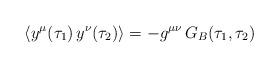
LaTeX: \begin{align*}\langle y^\mu(\tau_1) \, y^\nu(\tau_2)\rangle = -g^{\mu\nu} \, G_B(\tau_1,\tau_2)\end{align*}